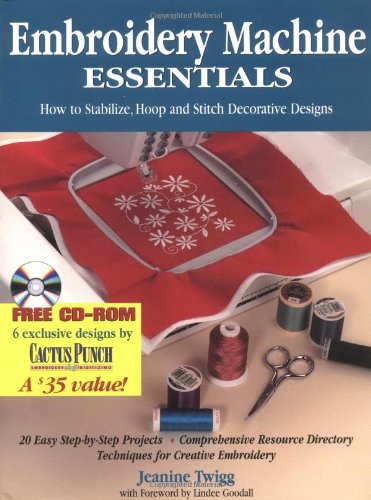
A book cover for Embroidery Machine Essentials: How to Stabilize, Hoop and Stitch Decorative Designs; Twigg Jeanine; Crafts, Hobbies & Home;